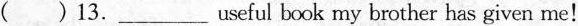
( ) 13. ___ useful book my brother has given me!